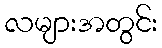
လများအတွင်း